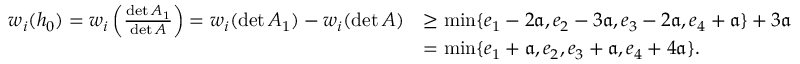
\begin{array} { r l } { w _ { i } ( h _ { 0 } ) = w _ { i } \left( \frac { \operatorname* { d e t } A _ { 1 } } { \operatorname* { d e t } A } \right) = w _ { i } ( \operatorname* { d e t } A _ { 1 } ) - w _ { i } ( \operatorname* { d e t } A ) } & { \geq \operatorname* { m i n } \{ e _ { 1 } - 2 { \mathfrak a } , e _ { 2 } - 3 { \mathfrak a } , e _ { 3 } - 2 { \mathfrak a } , e _ { 4 } + { \mathfrak a } \} + 3 { \mathfrak a } } \\ & { = \operatorname* { m i n } \{ e _ { 1 } + { \mathfrak a } , e _ { 2 } , e _ { 3 } + { \mathfrak a } , e _ { 4 } + 4 { \mathfrak a } \} . } \end{array}